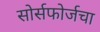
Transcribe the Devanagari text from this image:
सोर्सफोर्जचा